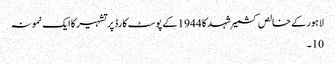
لاہور کے خالص کشمیر شہد کا 1944 کے پوسٹ کارڈ پر تشہیر کا ایک نمونہ
10۔